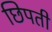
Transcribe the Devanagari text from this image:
छिपती